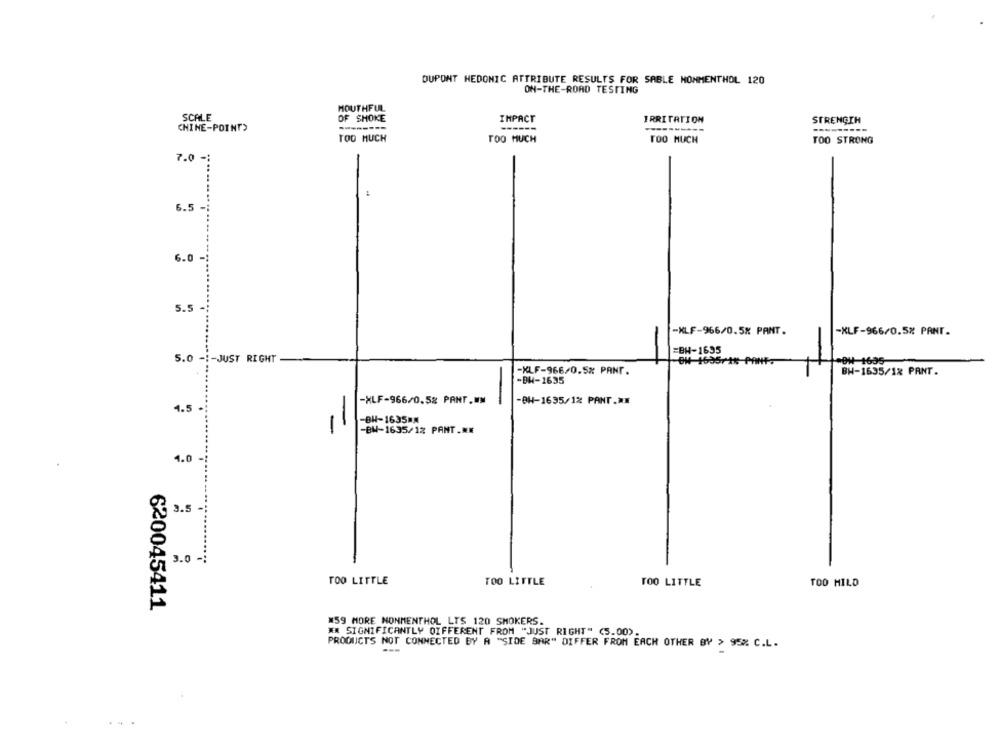
DUPONT HEDONIC ATTRIBUTE RESULTS FOR SABLE MOMMENTHOL 120
ON-THE-ROAD TESTING
MOUTHFUL
SCALE
OF SHOKE
IMPACT
IRRITATION
STRENGTH
CHINE-POINT>
-------
------
----------
---
TOO MUCH
TOO MUCH
TOO MUCH
TOO STRONG
7.0 -
6.5 -
5.5
-XLF-966/0.5% PANT.
-XLF-966/0.5% PANT.
=BH-1635
5.0 -:- JUST RIGHT
.DH-1635
-KLF-966/0.5% PANT.
BH-1635/12 PANT.
-BH-1635
-XLF-966/0.5% PANT.WW
-
-BH-1635/1% PANT .**
4.5
-BH-1635MM
-BW-1635/12 PANT.NE
4.0-
3.5
5 3.0 -
TOO LITTLE
TOO LITTLE
TOO LITTLE
TOO HILD
620045411
#59 MORE MONMENTHOL LTS 120 SMOKERS.
** SIGNIFICANTLY DIFFERENT FROM "JUST RIGHT" (5.00).
PRODUCTS NOT CONNECTED BY A "SIDE BAR" DIFFER FROM EACH OTHER BY > 95% C.L.